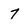
Character: 7